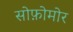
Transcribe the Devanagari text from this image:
सोफ़ोमोर